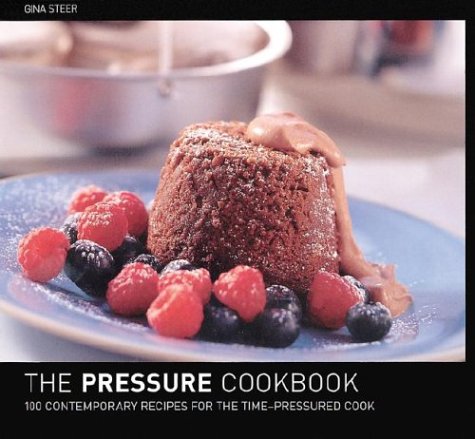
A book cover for The Pressure Cooker Cookbook : 100 Contemporary Recipes for the Time-Pressured Cook; Gina Steer; Cookbooks, Food & Wine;